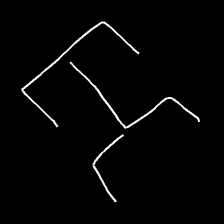
Glyph: entwine